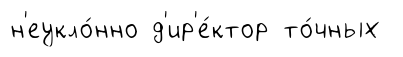
н'еукло́нно д'ир'е́ктор то́чных